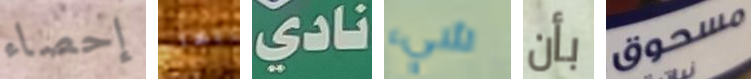
إحصاء أيها نادي شيء بأن مسحوق